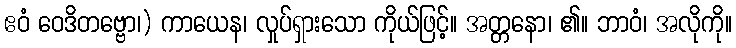
ဧဝံ ဝေဒိတဗ္ဗော၊) ကာယေန၊ လှုပ်ရှားသော ကိုယ်ဖြင့်။ အတ္တနော၊ ၏။ ဘာဝံ၊ အလိုကို။